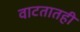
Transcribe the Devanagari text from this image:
वाटतातही